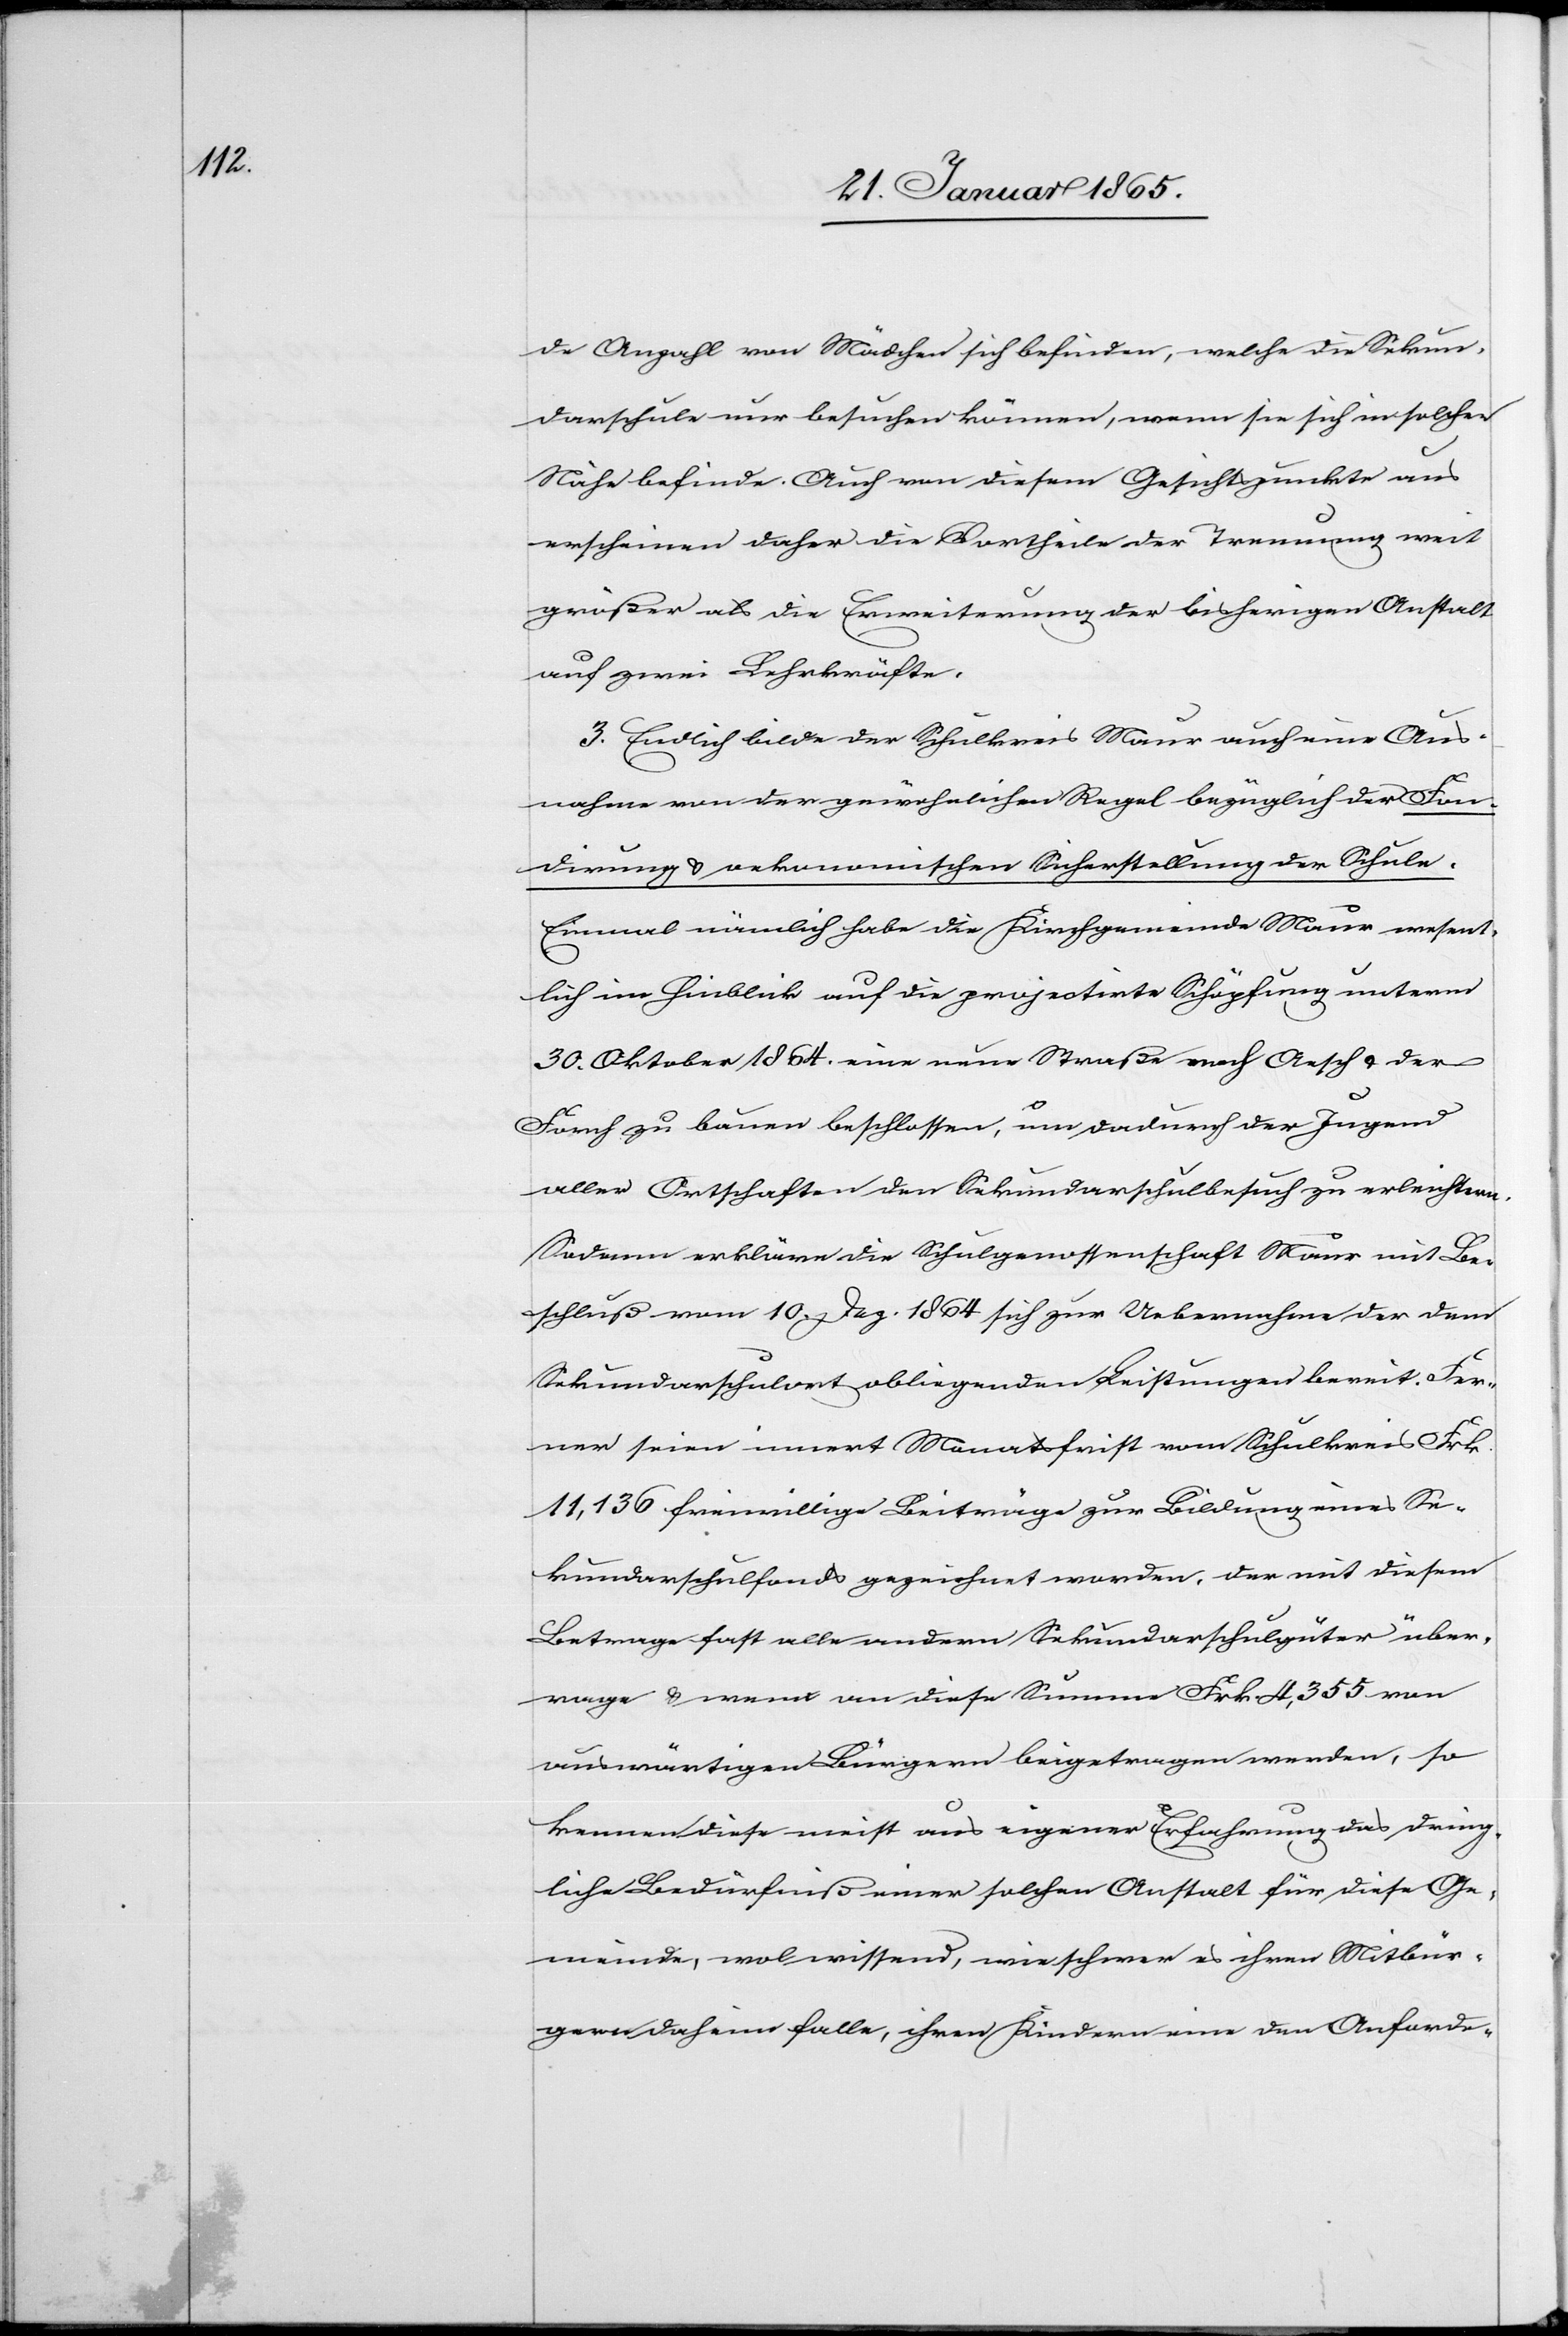
de Anzahl von Mädchen sich befinden, welche die Sekun¬
darschule nur besuchen können, wenn sie sich in solcher
Nähe befinde. Auch von diesem Gesichtspunkte aus
erscheinen daher die Vortheile der Trennung weit
größer als die Erweiterung der bisherigen Anstalt
auf zwei Lehrkräfte.
3. Endlich bilde der Schulkreis Maur auch eine Aus¬
nahme von der gewöhnlichen Regel bezüglich der Fon¬
dirung u. oekonomischen Sicherstellung der Schule.
Einmal nämlich habe die Kirchgemeinde Maur wesent¬
lich im Hinblick auf die projectirte Schöpfung unterm
30. Oktober 1864. eine neue Straße nach Aesch u. der
Forch zu bauen beschlossen, um dadurch der Jugend
aller Ortschaften den Sekundarschulbesuch zu erleichtern.
Sodann erkläre die Schulgenossenschaft Maur mit Be¬
schluß vom 10. Dez. 1864 sich zur Uebernahme der dem
Sekundarschulort obliegenden Leistungen bereit. Fer¬
ner seien innert Monatsfrist vom Schulkreis Frk.
11,136 freiwillige Beiträge zur Bildung eines Se¬
kundarschulfonds gezeichnet worden, der mit diesem
Betrage fast alle andern Sekundarschulgüter über¬
rage u. wenn an diese Summe Frk 4,355 von
auswärtigen Bürgern beigetragen werden so
kennen diese meist aus eigener Erfahrung das dring¬
liche Bedürfniß einer solchen Anstalt für diese Ge¬
meinde, wol wissend, wie schwer es ihren Mitbür¬
gern daheim falle, ihren Kindern eine den Anforde-